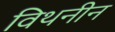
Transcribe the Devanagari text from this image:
विथनीन